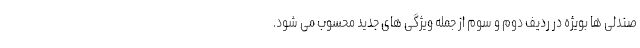
صندلی ها بویژه در ردیف دوم و سوم از جمله ویژگی های جدید محسوب می شود.